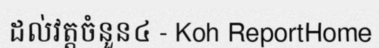
ដល់វត្តចំនួន៤ - Koh ReportHome